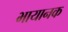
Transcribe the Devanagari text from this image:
भायानक